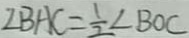
\angle B A C = \frac { 1 } { 2 } \angle B O C